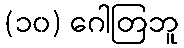
(၁၀) ဂေါတြဘူ